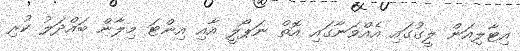
އިޓާލިއަން ލީގުގައި އެއްވަނާގައި އޮތް ނަޕޯލީ އާއި އިންޓަ މިލާން ބައްދަލު ކުރި